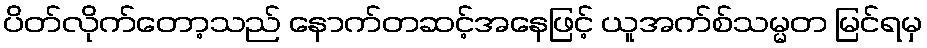
ပိတ်လိုက်တော့သည် နောက်တဆင့်အနေဖြင့် ယူအက်စ်သမ္မတ မြင်ရမှ